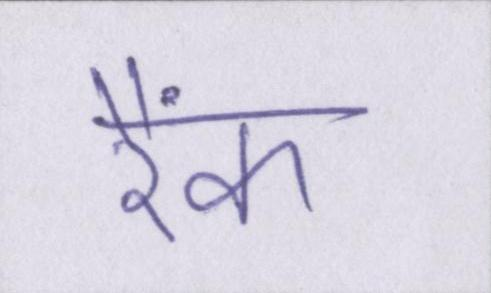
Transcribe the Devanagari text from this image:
रैंक